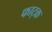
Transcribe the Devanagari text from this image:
फाट्क